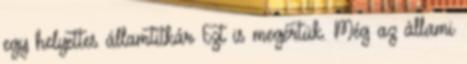
egy helyettes államtitkár Ezt is megértük. Még az állami